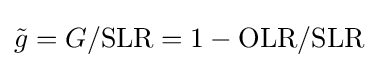
{\tilde {g}}=G/\mathrm {SLR} =1-\mathrm {OLR} /\mathrm {SLR} \;